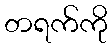
တရက်ကို